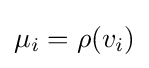
\mu _{i}=\rho (v_{i})